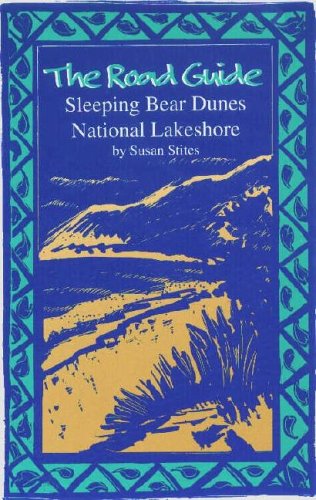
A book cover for The Road Guide: Sleeping Bear Dunes National Lakeshore; Susan Stites; Travel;